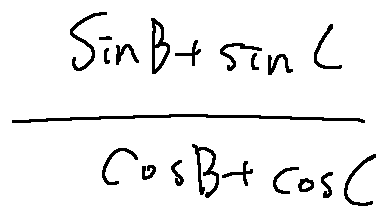
\frac { \sin B + \sin C } { \cos B + \cos C }